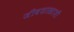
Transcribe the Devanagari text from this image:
जीवशास्त्राशी